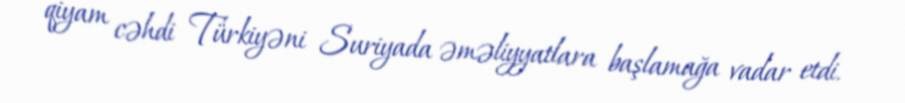
qiyam cəhdi Türkiyəni Suriyada əməliyyatlara başlamağa vadar etdi.